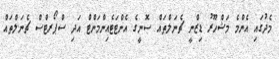
މެދުގައި އެންމެ މަޝްހޫރު ޑިޒްނީ ޗެނަލްތައް ސޮނީގެ އެންޓަޓެއިންމަންޓް އަދި ސްޕޯރޓްސް ޗެނަލްތައް